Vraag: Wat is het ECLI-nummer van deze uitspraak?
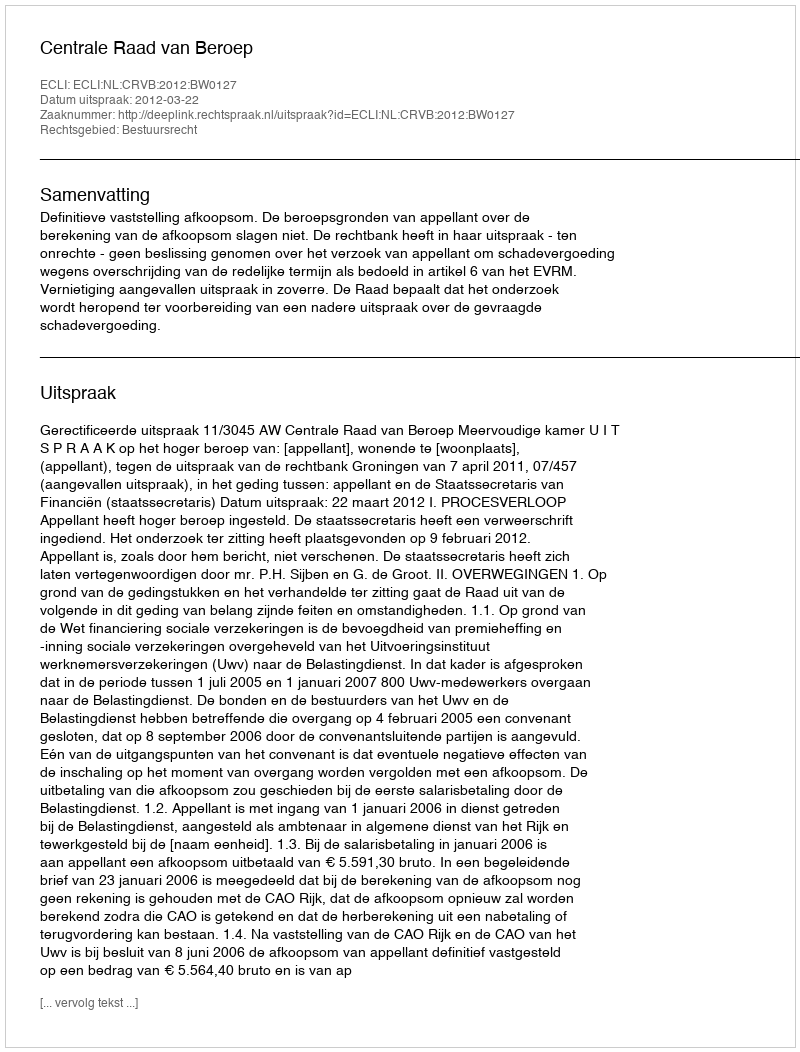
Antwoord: ECLI:NL:CRVB:2012:BW0127